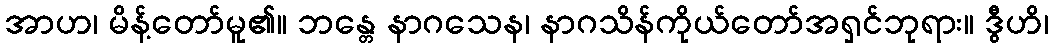
အာဟ၊ မိန့်တော်မူ၏။ ဘန္တေ နာဂသေန၊ နာဂသိန်ကိုယ်တော်အရှင်ဘုရား။ ဒွီဟိ၊